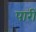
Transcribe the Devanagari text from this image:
पारीं